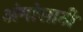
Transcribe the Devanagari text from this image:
अंगांसाठी